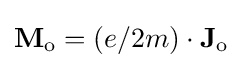
\mathbf {M} _{\text{o}}=(e/2m)\cdot \mathbf {J} _{\text{o}}